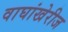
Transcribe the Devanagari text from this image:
वाघांखेरीज